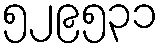
၅၂၉၅၃၁